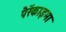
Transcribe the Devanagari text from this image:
पैरेंकाइमा